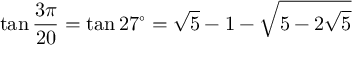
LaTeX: \tan { \frac { 3 \pi } { 2 0 } } = \tan 2 7 ^ { \circ } = { \sqrt { 5 } } - 1 - { \sqrt { 5 - 2 { \sqrt { 5 } } } }